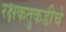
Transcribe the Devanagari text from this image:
रक्षकतुकडीचे